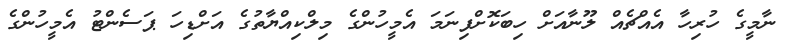
ނާމީގެ ހުރިހާ އެއްޗެއް ލޫނާއަށް ހިބަކޮށްފިނަމަ އެމީހުންގެ މިލްކިއްޔާތުގެ އަށްޑިހަ ޕަސެންޓު އެމީހުންގެ